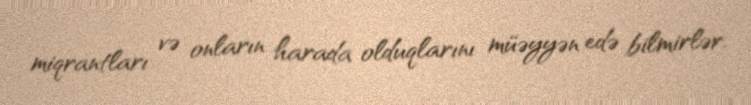
miqrantları və onların harada olduqlarını müəyyən edə bilmirlər.